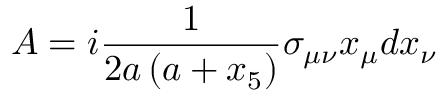
A = i \frac { 1 } { 2 a \left( a + x _ { 5 } \right) } \sigma _ { \mu \nu } x _ { \mu } d x _ { \nu }